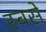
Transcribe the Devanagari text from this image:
स्बसे